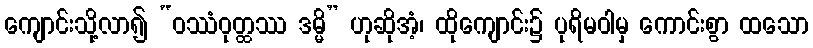
ကျောင်းသို့လာ၍ “ဝဿံဝုတ္ထဿ ဒမ္မိ” ဟုဆိုအံ့၊ ထိုကျောင်း၌ ပုရိမဝါမှ ကောင်းစွာ ထသော